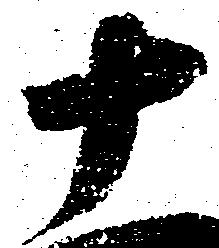
十